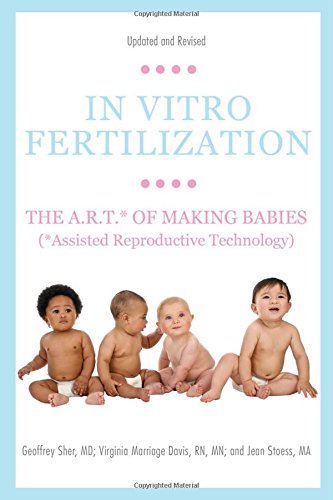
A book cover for In Vitro Fertilization: The A.R.T. of Making Babies (Assisted Reproductive Technology); Geoffrey Sher; Parenting & Relationships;